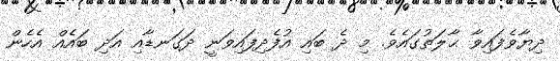
ދިޔާވެފައިވާ ޙާލަތުގައެވެ. މި ދެ ބައި އުފެދިފައިވަނީ ދަގަނޑާއި އަދި ބައެއް އެހެން